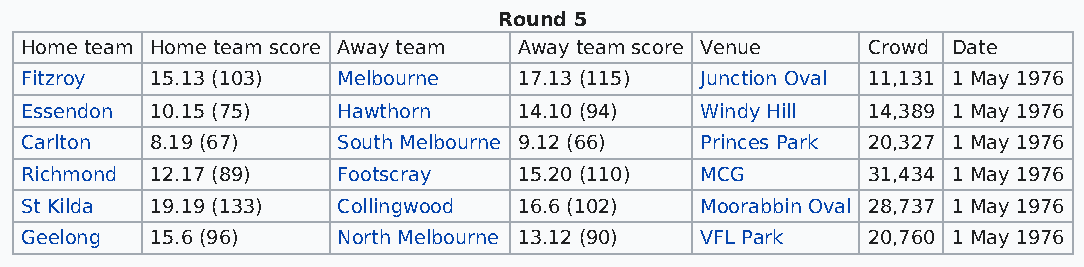
Round 5
 Home team Home team score Away team Away team score Venue Crowd Date
 Fitzroy  15.13 (103) Melbourne   17.13 (115) Junction Oval 11,131 1 May 1976
 Essendon 10.15 (75)  Hawthorn    14.10 (94)  Windy Hill 14,389 1 May 1976
 Carlton  8.19 (67)   South Melbourne 9.12 (66) Princes Park 20,327 1 May 1976
 Richmond 12.17 (89)  Footscray   15.20 (110) MCG        31,434 1 May 1976
 St Kilda 19.19 (133) Collingwood 16.6 (102)  Moorabbin Oval 28,737 1 May 1976
 Geelong  15.6 (96)   North Melbourne 13.12 (90) VFL Park 20,760 1 May 1976